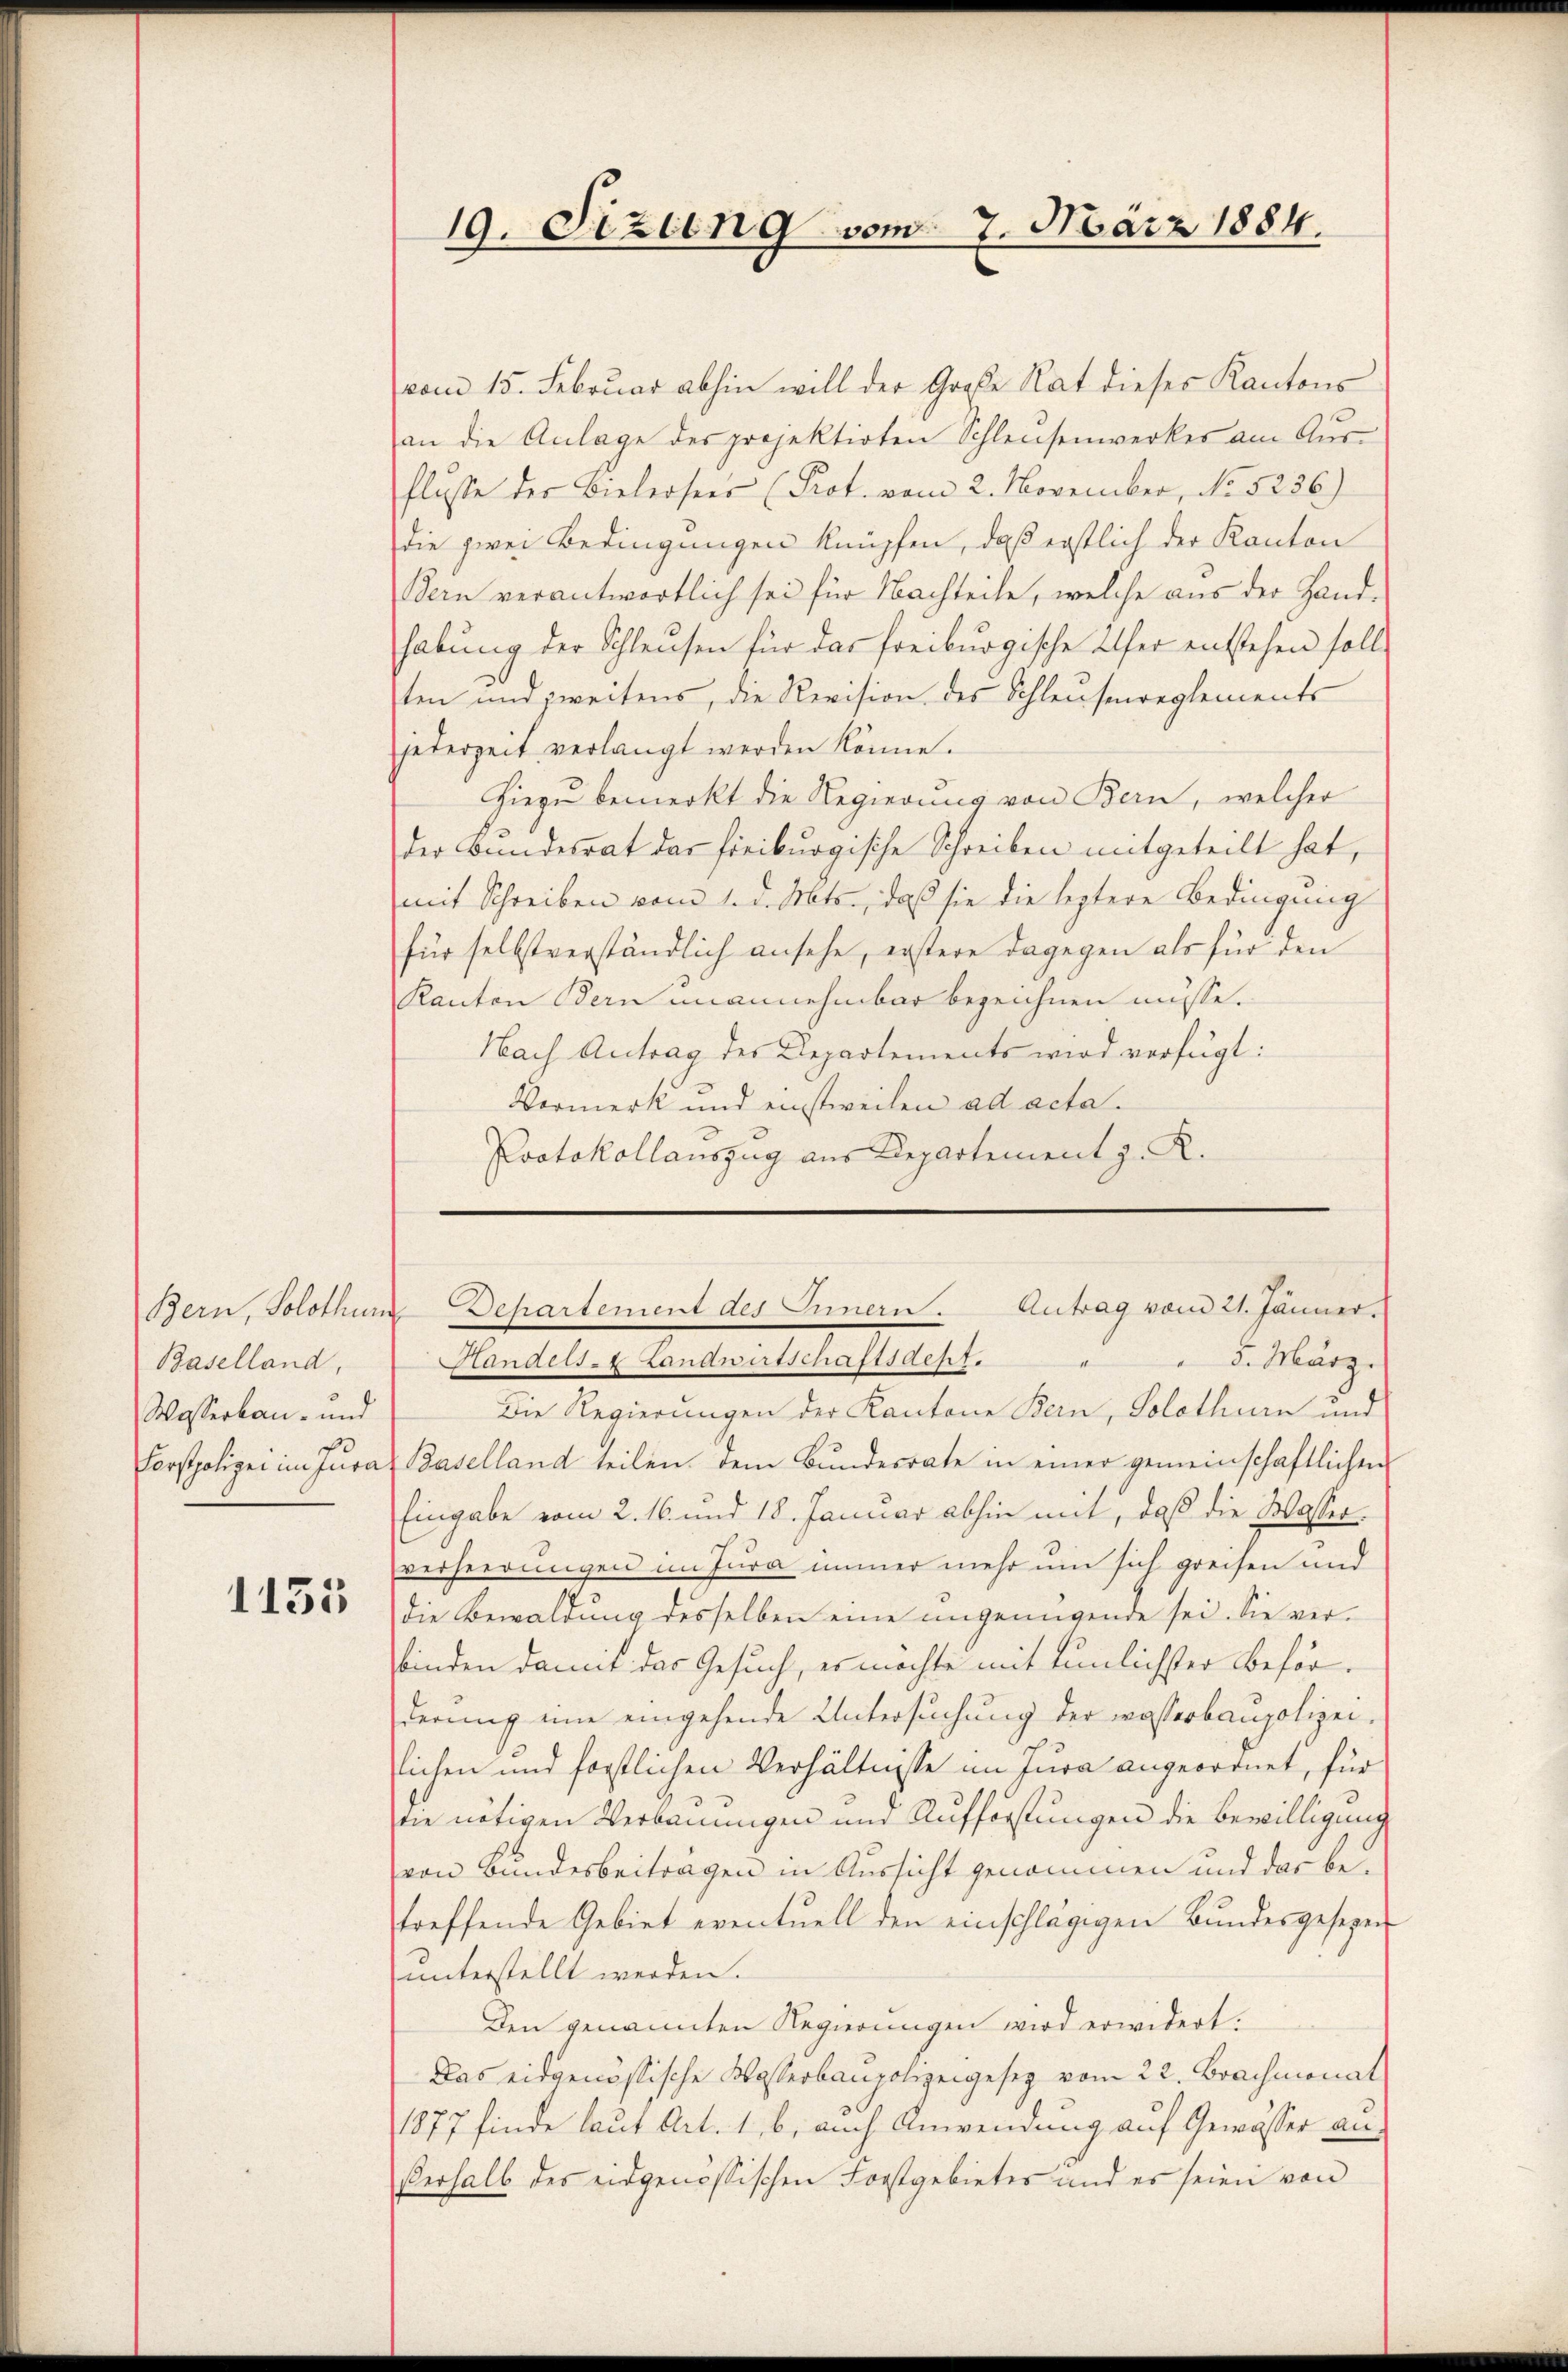
Baselland,
Wasserbau- und

1155

vom 15. Februar abhin will der Große Rat dieses Kantons
an die Anlage des projektirten Schleusenwerkes am Ausflusse der Bielerseer (Prot. vom 2. November, No 5236)
die zwei Bedingungen knüpfen, daß erstlich der Kanton
Bern verantwortlich sei für Nachteile, welche aus der Handhabung der Schleusen für das freiburgische Ufer entstehen soll,
ten und zweitens, die Revision des Schleusenreglements
jederzeit verlangt werden könne.
Hiezu bemerkt die Regierung von Bern, welcher
der Bundesrat das freiburgische Schreiben mitgeteilt hat,
mit Schreiben vom 1. d. Mts., daß sie die leztere Bedingung
für selbstverständlich ansehe, erstere dagegen als für den
Kanton Bern unannehmbar bezeichnen müsse.
Nach Antrag der Departements wird verfügt:
Vormerk und einstweilen ad acta.
Protokollauszug aus Departement z. R.

5. März.
Handels- Landwirtschaftsdept.
Die Regierungen der Kantone Bern, Solothurn und
Forstpolizei im Jura Baselland teilen dem Bundesrate in einer gemeinschaftlichen
Eingabe vom 2. 16. und 18. Januar abhin mit, daß die Wasserverheerungen im Jura immer mehr um sich greifen und
die Bewaldung desselben eine ungenügende sei. Sie verbinden damit das Gesuch, es möchte mit Tunlichster Beförderŭng eine eingehende Untersŭchŭng der wasserbaupolizei-
lichen und forstlichen Verhältnisse im Jura angeordnet, für
die nötigen Verbauungen und Aufforstungen die Bewilligung
von Bundesbeiträgen in Aussicht genommen und das betreffende Gebiet eventuell den einschlägigen Bundesgesezen
unterstellt werden.
Den genannten Regierungen wird erwidert.
Das eidgenössische Wasserbaupolizeigesez vom 22. Brachmonat
1877 finde laut Art. 1, b. auch Anwendung auf Gewässer au¬
Verhalb des eidgenössischen Forstgebietes und es seien von

19. Sizung vom 7. März 1884.

Bern, Solothum Departement des Innern. Antrag vom 21. Jänner.